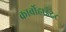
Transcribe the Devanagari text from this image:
कार्बोहाईद्रेट